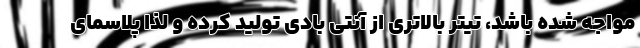
مواجه شده باشد، تیتر بالاتری از آنتی بادی تولید کرده و لذا پلاسمای